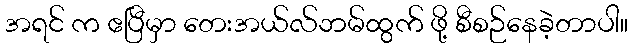
အရင် က ဧပြီမှာ တေးအယ်လ်ဘမ်ထွက် ဖို့ စီစဉ်နေခဲ့တာပါ။